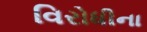
વિરોધીના